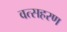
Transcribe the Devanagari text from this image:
वत्सहरण